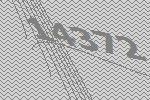
14372